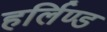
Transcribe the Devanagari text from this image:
हर्लिण्ड